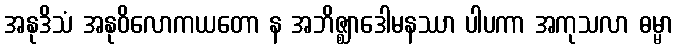
အနုဒိသံ အနုဝိလောကယတော န အဘိဇ္ဈာဒေါမနဿာ ပါပကာ အကုသလာ ဓမ္မာ